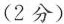
(2分)